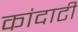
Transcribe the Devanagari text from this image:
कांदाटी